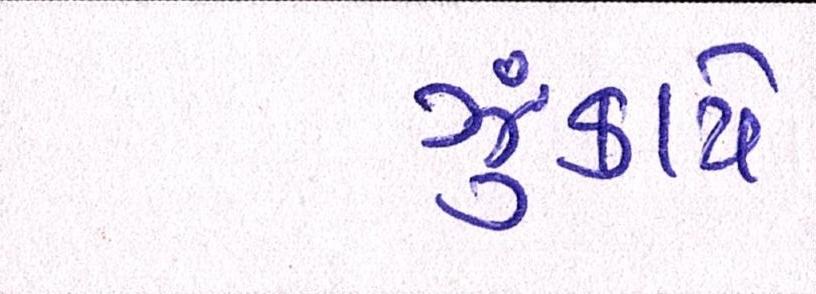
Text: ઝુકાયે